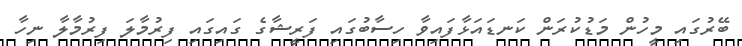
ބޭރުގައި މީހުން މަޑުކުރަން ކަނޑައަޅާފައިވާ ހިސާބުގައި ފަރީޝާގެ ގައިގައި ފިރުމާލަ ފިރުމާލާ ނިހާ